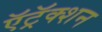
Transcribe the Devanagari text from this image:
ऍट्रॅक्शन